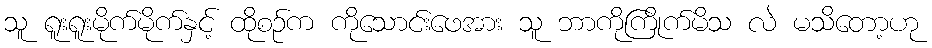
သူ ရူးရူးမိုက်မိုက်နှင့် ထိုစဉ်က ကိုသောင်းဖေအား သူ ဘာကိုကြိုက်မိသ လဲ မသိတော့ဟု